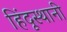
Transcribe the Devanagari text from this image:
हिंदूस्थानी